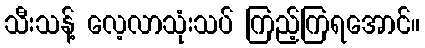
သီးသန့် လေ့လာသုံးသပ် ကြည့်ကြရအောင်။